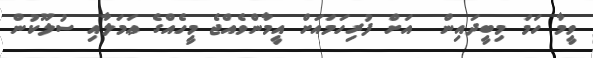
ވީމާ ހަމަ މިބީދައިން  އަށް ފުރިހަމައަށް އީމާންވެއްޖެ މީހެއްގެ ޢަމަލާއި ސުލޫކުން